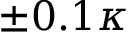
\pm 0 . 1 \kappa